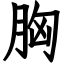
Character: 胸